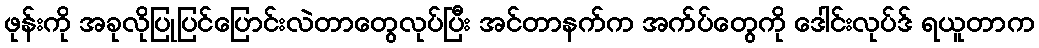
ဖုန်းကို အခုလိုပြုပြင်ပြောင်းလဲတာတွေလုပ်ပြီး အင်တာနက်က အက်ပ်တွေကို ဒေါင်းလုပ်ဒ် ရယူတာက